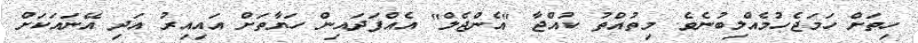
ހިތަށް ހަމަޖެހުމެއްލިބުނެވެ. މިތުއްތު ކުއްޖާ "އެންޖެލް" އެއްފަދައިން ހަޔާތަށް އައިއިރު އަދި އޭނައަކަށް